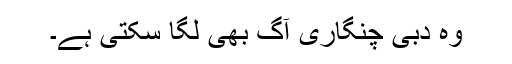
وہ دبی چنگاری آگ بھی لگا سکتی ہے۔